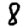
Digit: 8